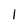
Character: I